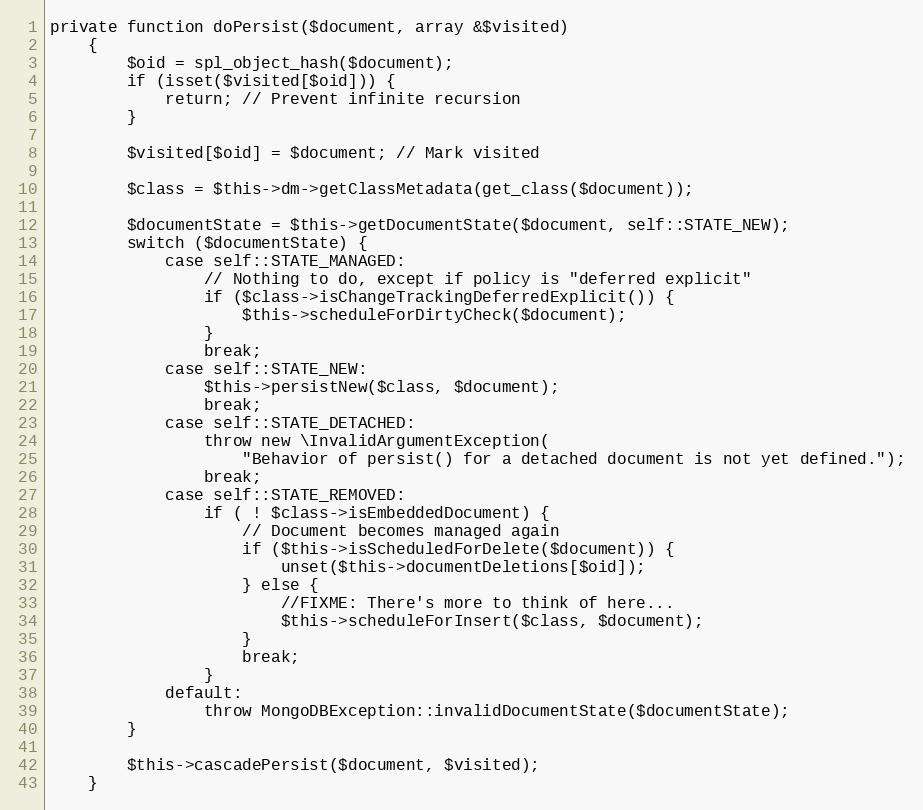
Language: PHP
private function doPersist($document, array &$visited)
    {
        $oid = spl_object_hash($document);
        if (isset($visited[$oid])) {
            return; // Prevent infinite recursion
        }

        $visited[$oid] = $document; // Mark visited

        $class = $this->dm->getClassMetadata(get_class($document));

        $documentState = $this->getDocumentState($document, self::STATE_NEW);
        switch ($documentState) {
            case self::STATE_MANAGED:
                // Nothing to do, except if policy is "deferred explicit"
                if ($class->isChangeTrackingDeferredExplicit()) {
                    $this->scheduleForDirtyCheck($document);
                }
                break;
            case self::STATE_NEW:
                $this->persistNew($class, $document);
                break;
            case self::STATE_DETACHED:
                throw new \InvalidArgumentException(
                    "Behavior of persist() for a detached document is not yet defined.");
                break;
            case self::STATE_REMOVED:
                if ( ! $class->isEmbeddedDocument) {
                    // Document becomes managed again
                    if ($this->isScheduledForDelete($document)) {
                        unset($this->documentDeletions[$oid]);
                    } else {
                        //FIXME: There's more to think of here...
                        $this->scheduleForInsert($class, $document);
                    }
                    break;
                }
            default:
                throw MongoDBException::invalidDocumentState($documentState);
        }

        $this->cascadePersist($document, $visited);
    }